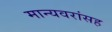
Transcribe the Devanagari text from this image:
मान्यवरांसह